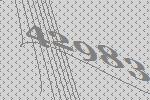
42983